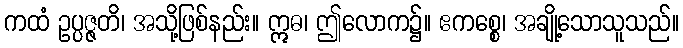
ကထံ ဥပ္ပဇ္ဇတိ၊ အသို့ဖြစ်နည်း။ ဣဓ၊ ဤလောက၌။ ဧကစ္စေ၊ အချို့သောသူသည်။